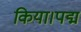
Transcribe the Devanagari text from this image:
किया।पद्म